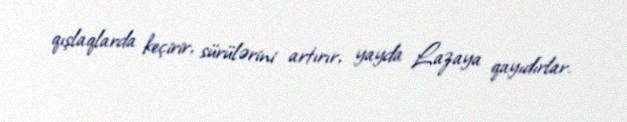
qışlaqlarda keçirir, sürülərini artırır, yayda Lazaya qayıdırlar.